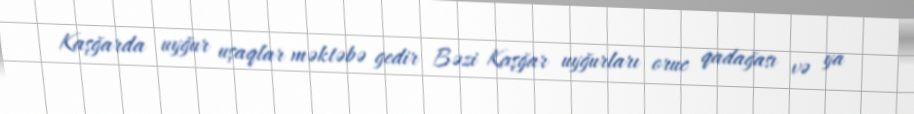
Kaşğarda uyğur uşaqlar məktəbə gedir Bəzi Kaşğar uyğurları oruc qadağası və ya